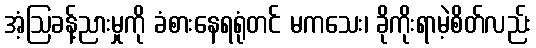
အံ့ဩခန့်ညားမှုကို ခံစားနေရရုံတင် မကသေး၊ ခိုကိုးရာမဲ့စိတ်လည်း